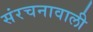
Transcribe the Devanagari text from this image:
संरचनावाली